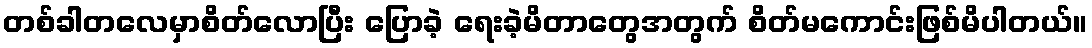
တစ်ခါတလေမှာစိတ်လောပြီး ပြောခဲ့ ရေးခဲ့မိတာတွေအတွက် စိတ်မကောင်းဖြစ်မိပါတယ်။